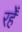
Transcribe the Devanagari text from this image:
रहेँ